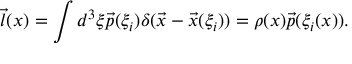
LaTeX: \vec { l } ( x ) = \int d ^ { 3 } \xi \vec { p } ( \xi _ { i } ) \delta ( \vec { x } - \vec { x } ( \xi _ { i } ) ) = \rho ( x ) \vec { p } ( \xi _ { i } ( x ) ) .